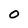
Character: 0